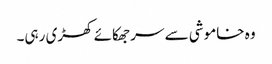
وہ خاموشی سے سر جھکائے کھڑی رہی۔